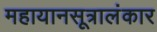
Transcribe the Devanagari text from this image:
महायानसूत्रालंकार